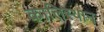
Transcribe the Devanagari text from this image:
कालिस्थान